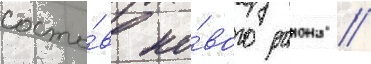
соста́в но́вого раиона //